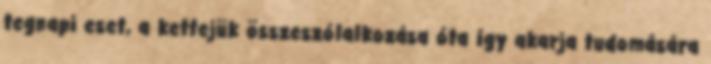
tegnapi eset, a kettejük összeszólalkozása óta így akarja tudomására